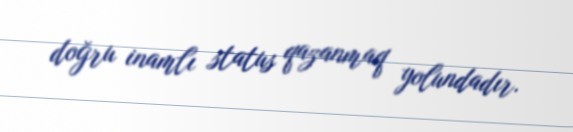
doğru inamlı status qazanmaq yolundadır.